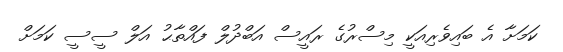
ކަމަށާ އެ ބައިވެރިއަކީ މިސްރުގެ ރައީސް އަބްދުލް ފައްތާޙު އަލް ސީސީ ކަމަށް